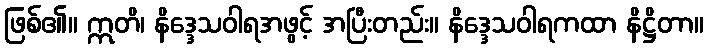
ဖြစ်၏။ ဣတိ၊ နိဒ္ဒေသဝါရအဖွင့် အပြီးတည်း။ နိဒ္ဒေသဝါရကထာ နိဋ္ဌိတာ။